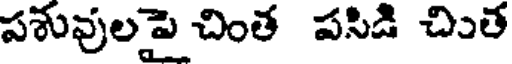
పశువులపై చింత పసిడి చిుత